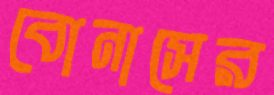
বোনাসের